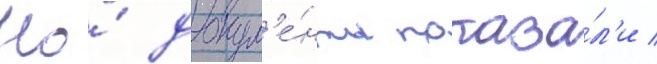
Но́ докум'е́нты показа́л'и /